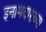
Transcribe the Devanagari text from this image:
इनामदारच्या